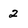
Character: 2